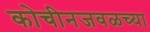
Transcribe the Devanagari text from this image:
कोचीनजवळच्या